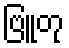
ဗြူတု